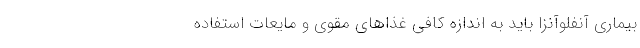
بیماری آنفلوآنزا باید به اندازه کافی غذاهای مقوی و مایعات استفاده